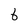
Character: 6